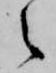
之